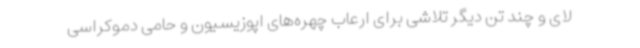
لای و چند تن دیگر تلاشی برای ارعاب چهره‌های اپوزیسیون و حامی دموکراسی